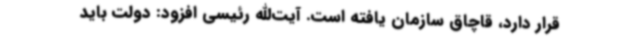
قرار دارد، قاچاق سازمان یافته است. آیت‌الله رئیسی افزود: دولت باید